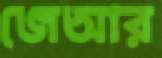
জেআর